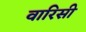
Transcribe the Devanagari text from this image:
वारिसी